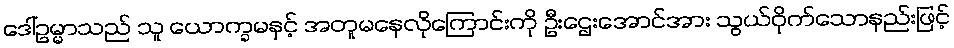
ဒေါ်ဥမ္မာသည် သူ ယောက္ခမနှင့် အတူမနေလိုကြောင်းကို ဦးဌေးအောင်အား သွယ်ဝိုက်သောနည်းဖြင့်